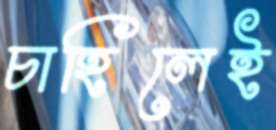
চাহিলেই